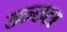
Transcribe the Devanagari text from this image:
डन्ठल